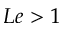
L e > 1